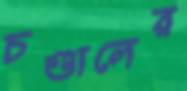
চণ্ডালের